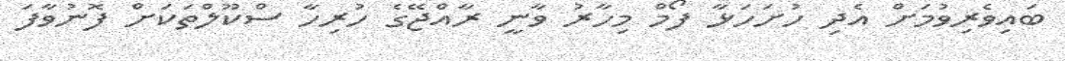
ބައިވެރިވުމަށް އެދި ހުށަހަޅާ ފޯމް މިހާރު ވާނީ ރާއްޖޭގެ ހުރިހާ ސްކޫލްތަކަށް ފޮނުވާފަ